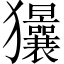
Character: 𱮱